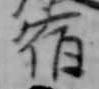
宿